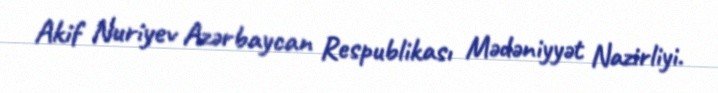
Akif Nuriyev Azərbaycan Respublikası Mədəniyyət Nazirliyi.